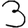
Digit: 3